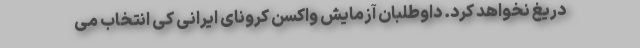
دریغ نخواهد کرد. داوطلبان آزمایش واکسن کرونای ایرانی کی انتخاب می